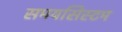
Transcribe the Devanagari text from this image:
समयसिस्टम